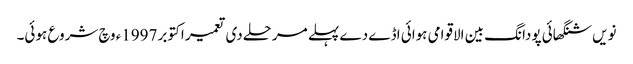
نویں شنگھائی پودانگ بین الاقوامی ہوائی اڈے دے پہلے مرحلے د‏‏ی تعمیر اکتوبر 1997ء وچ شروع ہوئی۔